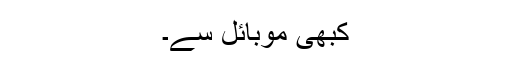
کبھی موبائل سے۔